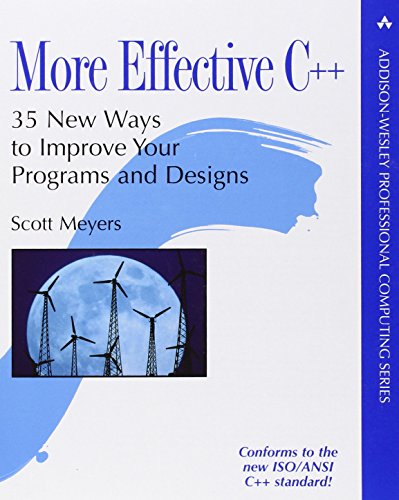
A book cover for More Effective C++: 35 New Ways to Improve Your Programs and Designs; Scott Meyers; Computers & Technology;